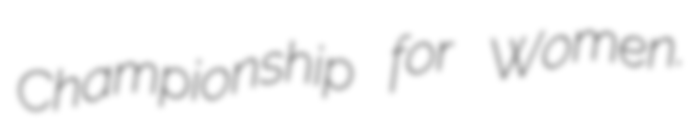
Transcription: Championship for Women.